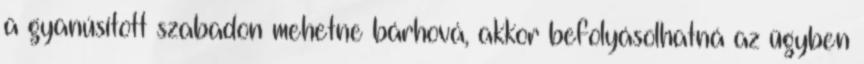
a gyanúsított szabadon mehetne bárhová, akkor befolyásolhatná az ügyben